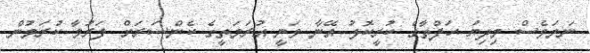
ނަމަވެސް މިދިޔަ ހަފްތާގެ ކުރީކޮޅު އޭނާ ވަނީ އުރަމަތީގެ ކެންސަރަށް ފަރުވާ ކުރަމުން